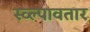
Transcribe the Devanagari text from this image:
स्व्ल्पावतार